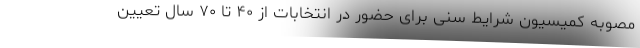
مصوبه کمیسیون شرایط سنی برای حضور در انتخابات از ۴۰ تا ۷۰ سال تعیین